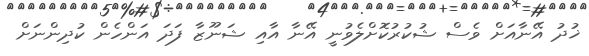
ޚުދު އޭނާއަށް ވެސް ޝުކުރުކޮށްލެވުނީ އޭނާ އާއި ޝަނޫޒާ ފަދަ އަންހެން ކުދިންނަށް